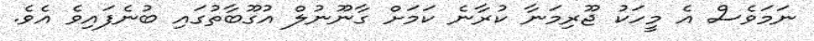
ނަމަވެސް އެ މީހަކު ޖޫރިމަނާ ކުރާނެ ކަމަށް ގާނޫނުލް އުގޫބާތުގައި ބުނެފައިވެ އެވެ.